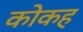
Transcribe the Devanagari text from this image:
कोकह